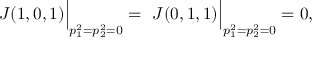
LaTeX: \left. \frac { } { } J ( 1 , 0 , 1 ) \right| _ { p _ { 1 } ^ { 2 } = p _ { 2 } ^ { 2 } = 0 } = \left. \frac { } { } J ( 0 , 1 , 1 ) \right| _ { p _ { 1 } ^ { 2 } = p _ { 2 } ^ { 2 } = 0 } = 0 ,